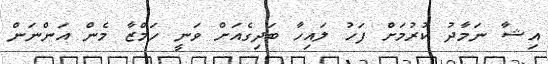
އިޝާ ނަމާދު ކުރުމަށް ފަހު ލައިހާ ބަދިގެއަށް ވަނީ ހަމްޒާ މެން އަންނަން